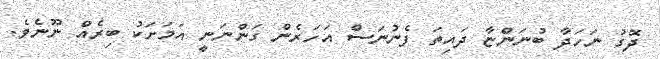
ދޮގު ނަހަދާ ބުނަންޏާ ދައިތަ ފެނުނަސް އަހަރެން ގަންނަނީ އަމަށަކު ބިރެއް ނޫނެވެ.